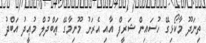
ތިނަދޫ މާކޯޅިގޭ ހުސައިން ޝަރީފް އާއި އެރަށު މޫނިމާގޭ ޢަބްދުލް މުޢީދު އަބްދު